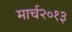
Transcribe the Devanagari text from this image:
मार्च२०१३